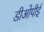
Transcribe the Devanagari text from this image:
डीओपीई